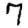
Digit: 7